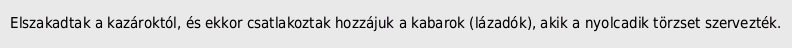
Elszakadtak a kazároktól, és ekkor csatlakoztak hozzájuk a kabarok (lázadók), akik a nyolcadik törzset szervezték.